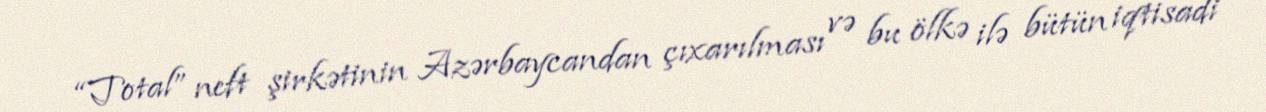
“Total” neft şirkətinin Azərbaycandan çıxarılması və bu ölkə ilə bütün iqtisadi